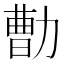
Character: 𰅕